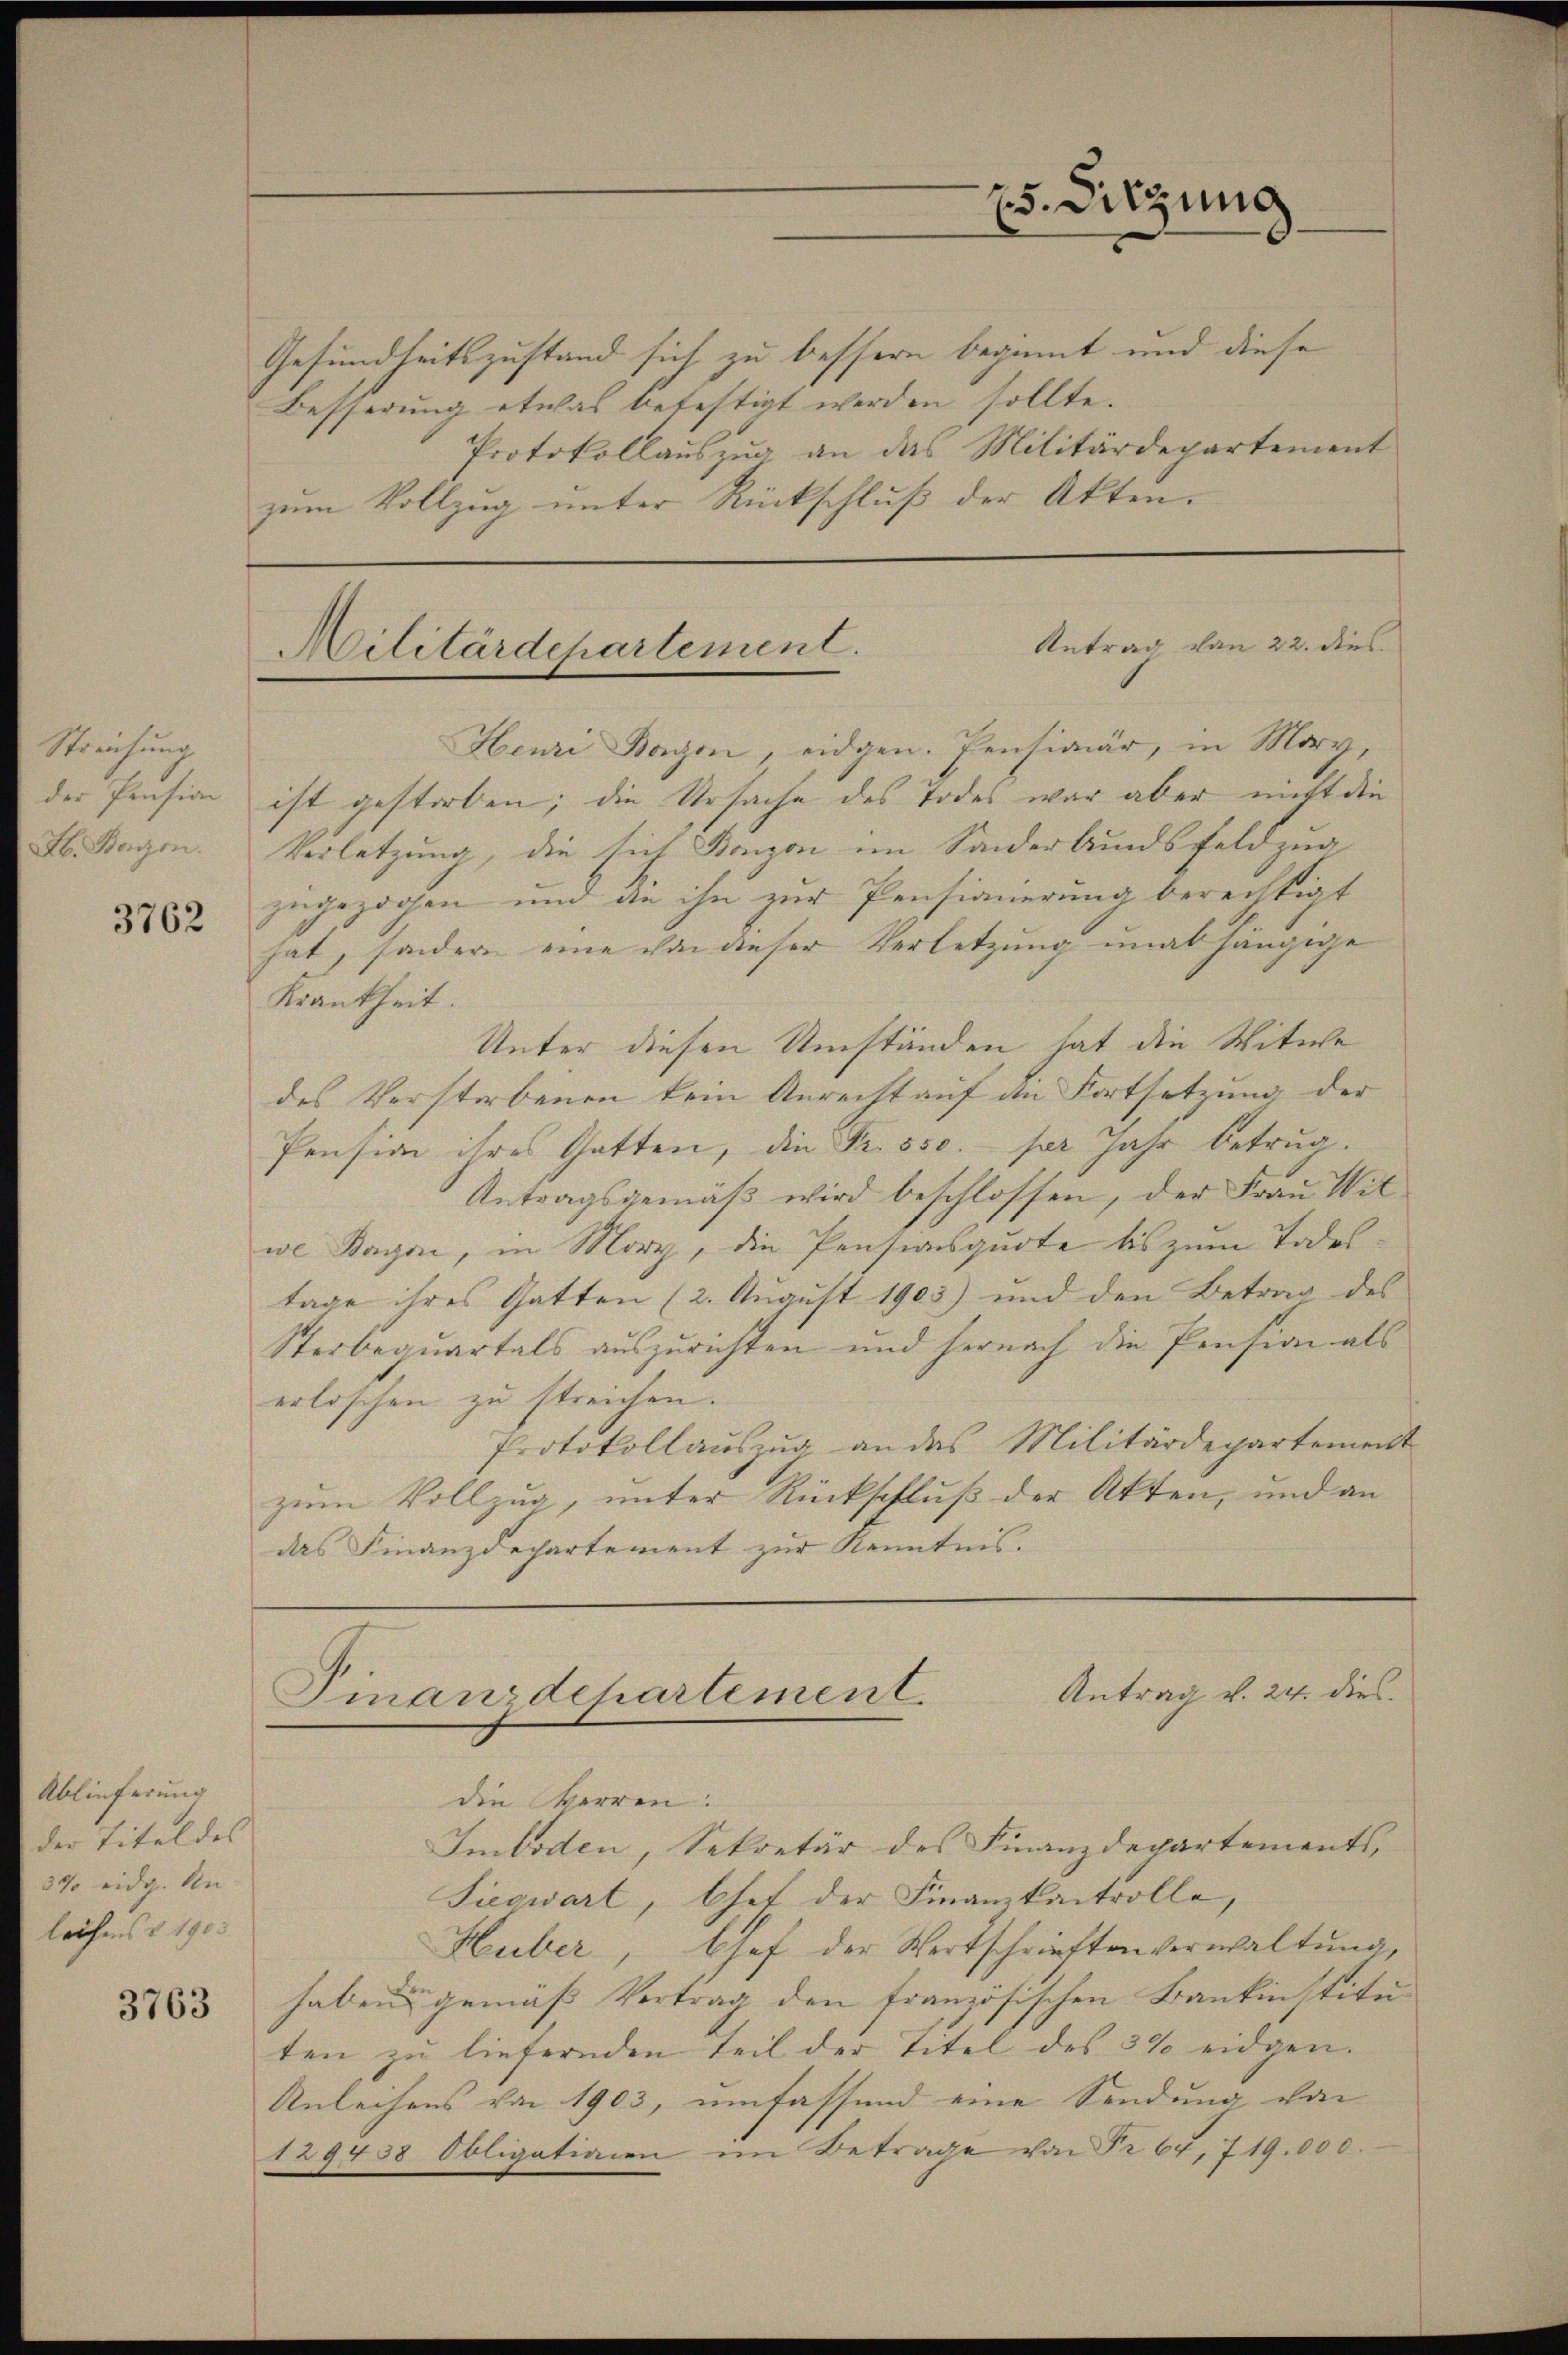
Streichung
der Pension
H. Baron.

3762

Ablieferung
der Titel des
3% eidg. An
leihens § 1903

3763

Gesundheitszustand sich zu bessern beginnt und diese
Besserung etwas befestigt werden sollte.
Protokollauszug an das Militärdepartement
zŭm Vollzŭg ŭnter Rückschlŭβ der Akten.

25. Sitzung

Antrag von 22. dies
Militärdepartement.
Henri Bogen, eidgen. Pensionär, in Morg,

Antrag v. 24. dies
Finanzdchartement

ist gestorben; die Ursache des Todes war aber nicht die
Verletzung, die sich Bonzon im Sonderbundsfeldzug
zugezogen und die ihn zur Pensinnerung berechtigt
hat, sondern eine von dieser Verletzung unabhängige
Krankheit.
Unter diesen Umständen hat die Witwe
des Verstorbenen kein Anrecht auf den Fortsetzung der
Pension ihres Gatten, die Fr. 550. per Jahr betrug.
Antragsgemäß wird beschlossen, der Frau Witwe Baron, in Morg, die Pensionsquote bis zum Todes
tage ihres Gatten (2. August 1903) und den Betrag des
Sterbequartals auszurichten und hernach die Pension als
erloschen zu streichen.
Protokollauszug an das Militärdepartement
zum Vollzug, unter Rückschluß der Akten, und an
das Finanzdepartement zur Kenntnis.

die erren.
Imboden, Sekretär des Finanzdepartements,
Siegwart, hat der Finanzkantrolle,
Huber, Chef der Wertschriftenverwaltung,
haben gemäß Vertrag den französischen Bankinstituten zu liefernden Teil der Titel des 3% eidgen.
Anleihens von 1903, umfassend eine Sendung von
129438 Obligationen im Betrage von Fr. 67, 719.000.